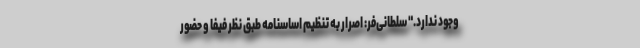
وجود ندارد." سلطانی‌فر: اصرار به تنظیم اساسنامه طبق نظر فیفا و حضور